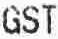
GST